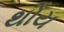
થોય